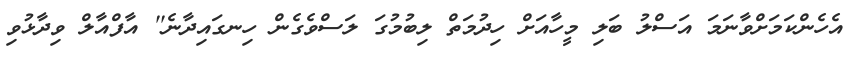
އެހެންކަމަށްވާނަމަ އަސްލު ބަލި މީހާއަށް ހިދުމަތް ލިބުމުގަ ލަސްވެގެން ހިނގައިދާނެ'' އާފްއާލް ވިދާޅުވި